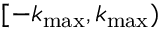
[ - k _ { \mathrm { m a x } } , k _ { \mathrm { m a x } } )